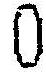
0